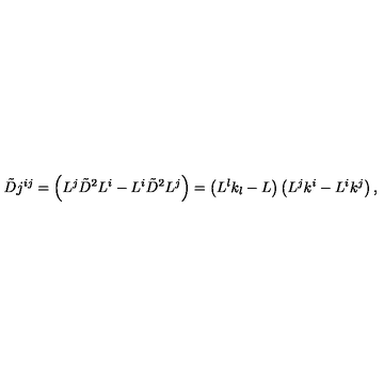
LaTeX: \tilde { D } j ^ { i j } = \left( L ^ { j } \tilde { D } ^ { 2 } L ^ { i } - L ^ { i } \tilde { D } ^ { 2 } L ^ { j } \right) = \left( L ^ { l } k _ { l } - L \right) \left( L ^ { j } k ^ { i } - L ^ { i } k ^ { j } \right) ,